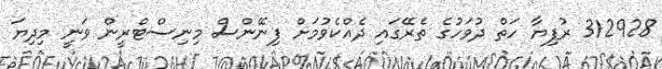
312928 ރުފިޔާ ހަތް ދުވަހުގެ ތެރޭގައި ދެއްކެވުމަށް ފިނޭންސް މިނިސްޓްރީން ވަނީ މިދިޔަ